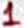
Text: 1